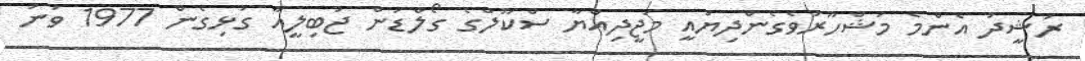
ރަޝީދު އެންމެ މަޝްހޫރުވެގެންދިޔައީ މަޖީދިއްޔާ ސްކޫލްގެ ގޯލްޑަން ޖުބިލީއާ ގުޅިގެން 1977 ވަނަ